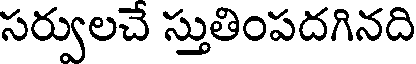
సర్వులచే స్తుతింపదగినది